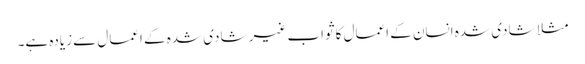
مثلا شادی شدہ انسان کے اعمال کا ثواب غیر شادی شدہ کے اعمال سے زیادہ ہے۔